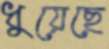
ধুয়েছে